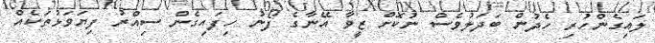
ލައިގެންހުރި ހެދުން ބަދަލުވެސް ނުކޮށް ޒީވާ އޭނާގެ ފޯނު ހިފައިގެން ސިއްރު ފިޔަވަޅުތަކެއް